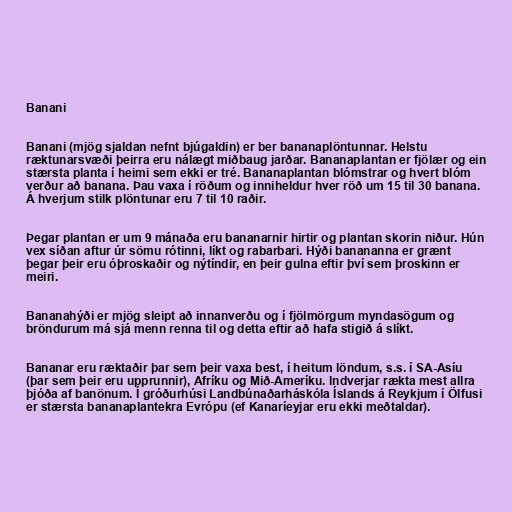
Banani

Banani (mjög sjaldan nefnt bjúgaldin) er ber bananaplöntunnar. Helstu
ræktunarsvæði þeirra eru nálægt miðbaug jarðar. Bananaplantan er fjölær og ein
stærsta planta í heimi sem ekki er tré. Bananaplantan blómstrar og hvert blóm
verður að banana. Þau vaxa í röðum og inniheldur hver röð um 15 til 30 banana.
Á hverjum stilk plöntunar eru 7 til 10 raðir.

Þegar plantan er um 9 mánaða eru bananarnir hirtir og plantan skorin niður. Hún
vex síðan aftur úr sömu rótinni, líkt og rabarbari. Hýði banananna er grænt
þegar þeir eru óþroskaðir og nýtíndir, en þeir gulna eftir því sem þroskinn er
meiri.

Bananahýði er mjög sleipt að innanverðu og í fjölmörgum myndasögum og
bröndurum má sjá menn renna til og detta eftir að hafa stigið á slíkt.

Bananar eru ræktaðir þar sem þeir vaxa best, í heitum löndum, s.s. í SA-Asíu
(þar sem þeir eru upprunnir), Afríku og Mið-Ameríku. Indverjar rækta mest allra
þjóða af banönum. Í gróðurhúsi Landbúnaðarháskóla Íslands á Reykjum í Ölfusi
er stærsta bananaplantekra Evrópu (ef Kanaríeyjar eru ekki meðtaldar).